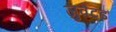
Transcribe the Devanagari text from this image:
जुवेंटड